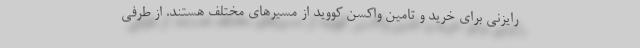
رایزنی برای خرید و تامین واکسن کووید از مسیرهای مختلف هستند. از طرفی